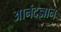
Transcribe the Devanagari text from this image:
आनंदज्ञान